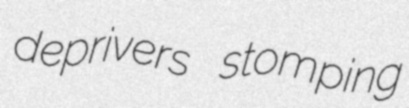
deprivers stomping